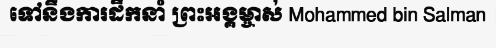
ទៅនឹងការដឹកនាំ ព្រះអង្គម្ចាស់ Mohammed bin Salman